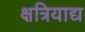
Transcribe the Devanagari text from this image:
क्षत्रियाद्य